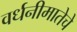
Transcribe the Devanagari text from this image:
वर्धनीमातेचे